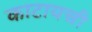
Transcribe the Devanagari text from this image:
काटायची